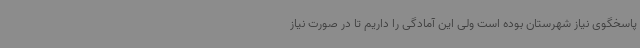
پاسخگوی نیاز شهرستان بوده است ولی این آمادگی را داریم تا در صورت نیاز